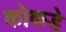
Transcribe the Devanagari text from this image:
कोकडे